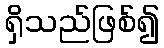
ရှိသည်ဖြစ်၍